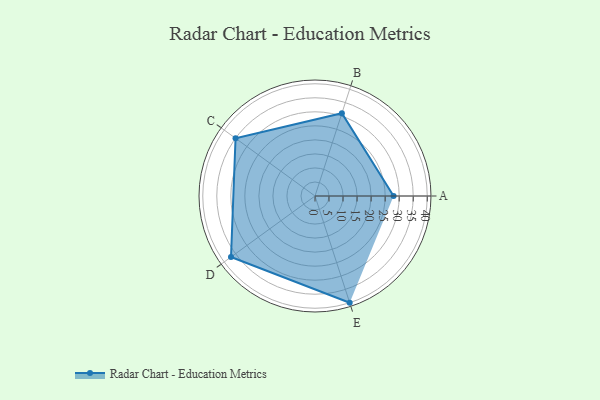
{"axis": {"x": "Skill", "y": "Score"}, "legend": ["Profile"], "data": [{"x": "A", "y": 28.0, "type": "Profile"}, {"x": "B", "y": 31.0, "type": "Profile"}, {"x": "C", "y": 35.0, "type": "Profile"}, {"x": "D", "y": 37.0, "type": "Profile"}, {"x": "E", "y": 40.0, "type": "Profile"}]}